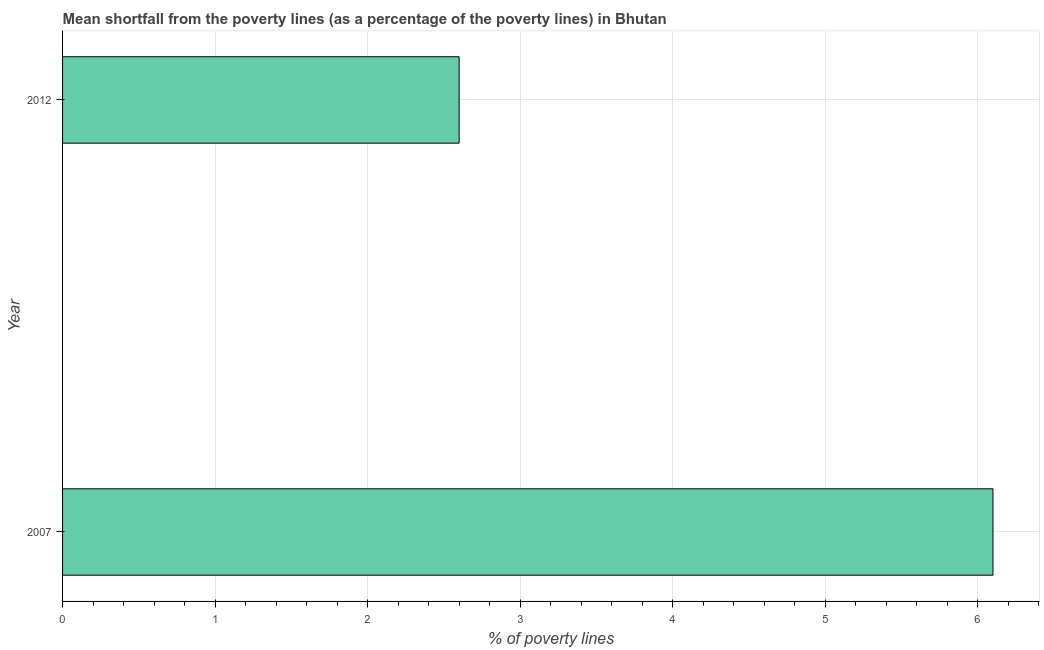
| Year | Poverty gap at national poverty lines |
 | --- | --- |
 | 2007 | 6.1 |
 | 2012 | 2.6 |